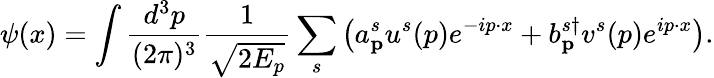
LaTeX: \psi(x)=\int{\frac{d^{3}p}{(2\pi)^{3}}}{\frac{1}{\sqrt{2E_{p}}}}\sum_{s}\left(a_{\mathbf{p}}^{s}u^{s}(p)e^{-ip\cdot x}+b_{\mathbf{p}}^{s\dagger}v^{s}(p)e^{ip\cdot x}\right).